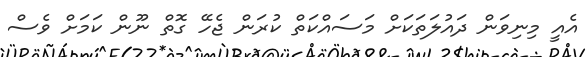
އެއީ މިނިވަން ދައުލަތަކަށް މަސައްކަތް ކުރަން ޖެހޭ ގޮތް ނޫން ކަމަށް ވެސް